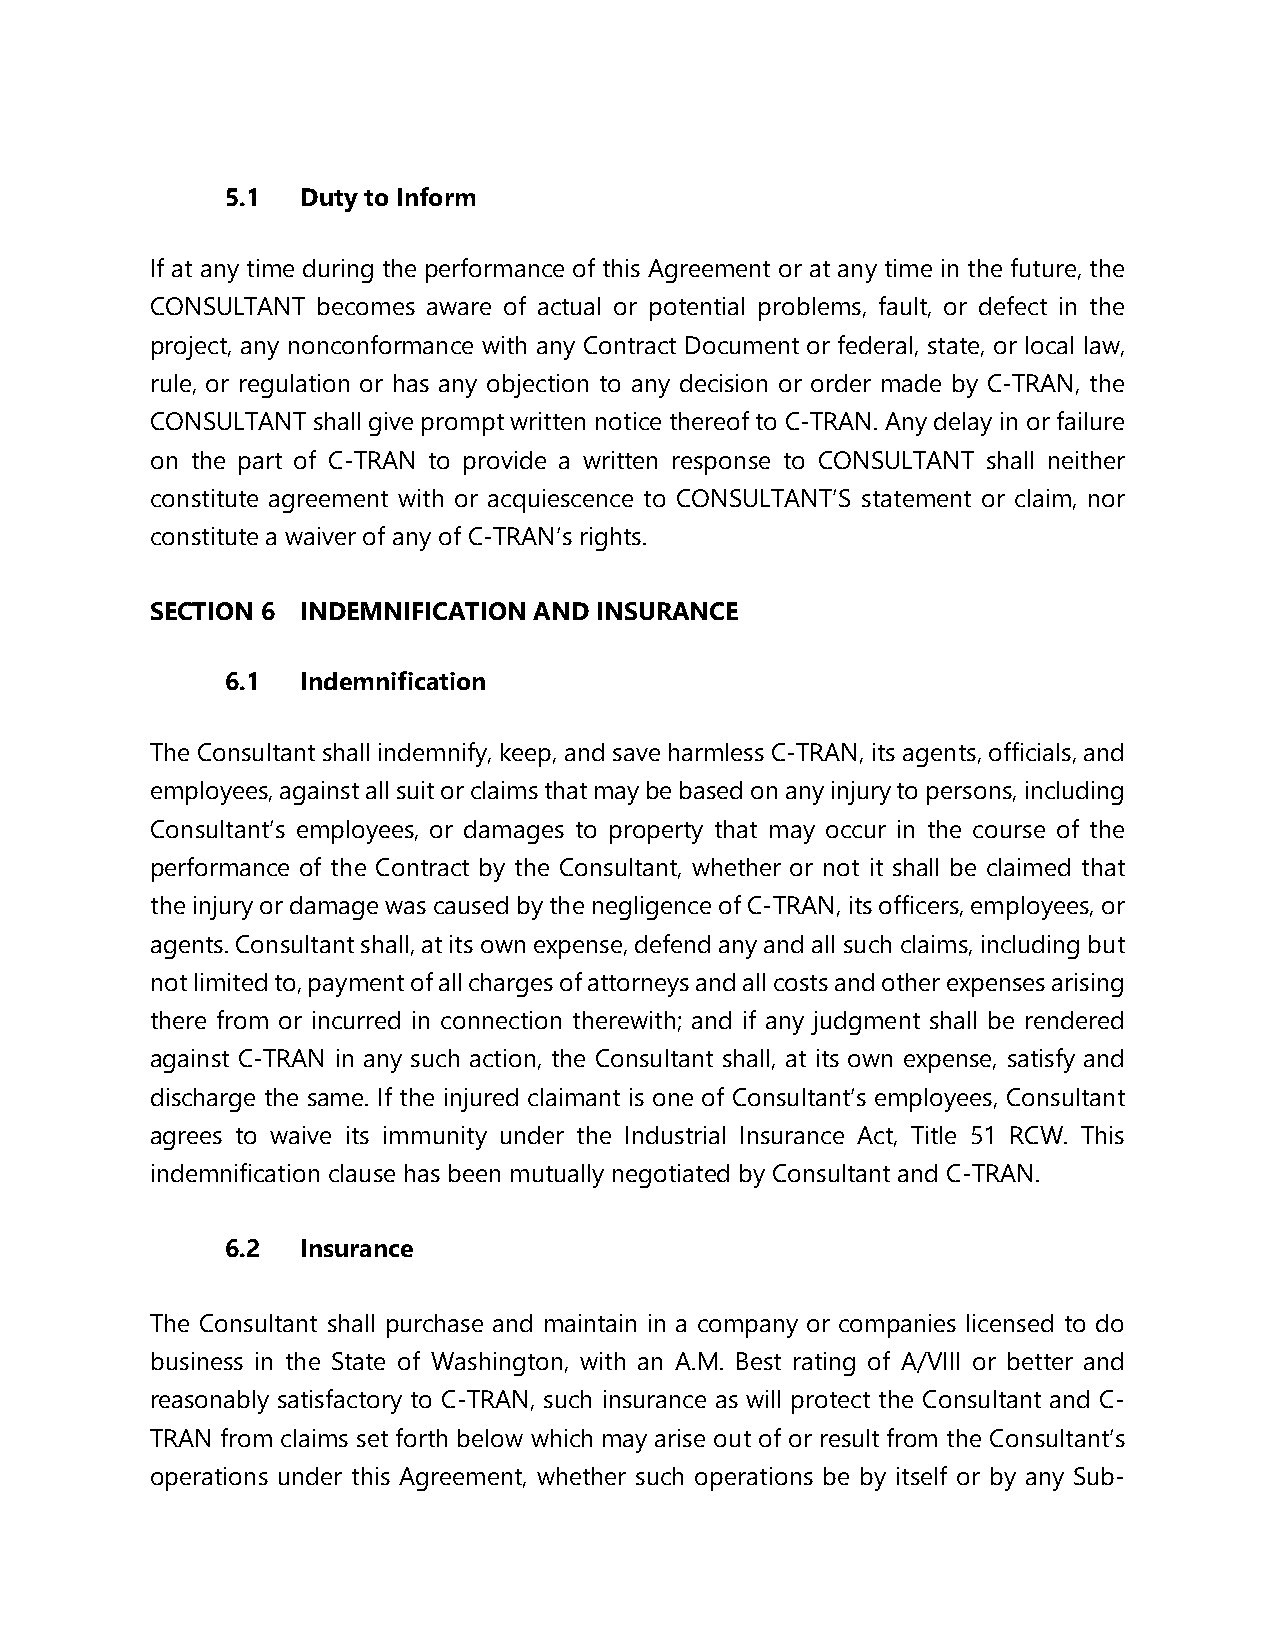
5.1  Duty to Inform
 If at any time during the performance of this Agreement or at any time in the future, the
 CONSULTANT becomes aware of actual or potential problems, fault, or defect in the
 project, any nonconformance with any Contract Document or federal, state, or local law,
 rule, or regulation or has any objection to any decision or order made by C-TRAN, the
 CONSULTANT shall give prompt written notice thereof to C-TRAN. Any delay in or failure
 on the part of C-TRAN to provide a written response to CONSULTANT shall neither
 constitute agreement with or acquiescence to CONSULTANT’S statement or claim, nor
 constitute a waiver of any of C-TRAN’s rights.
 SECTION 6 INDEMNIFICATION AND INSURANCE
 6.1  Indemnification
 The Consultant shall indemnify, keep, and save harmless C-TRAN, its agents, officials, and
 employees, against all suit or claims that may be based on any injury to persons, including
 Consultant’s employees, or damages to property that may occur in the course of the
 performance of the Contract by the Consultant, whether or not it shall be claimed that
 the injury or damage was caused by the negligence of C-TRAN, its officers, employees, or
 agents. Consultant shall, at its own expense, defend any and all such claims, including but
 not limited to, payment of all charges of attorneys and all costs and other expenses arising
 there from or incurred in connection therewith; and if any judgment shall be rendered
 against C-TRAN in any such action, the Consultant shall, at its own expense, satisfy and
 discharge the same. If the injured claimant is one of Consultant’s employees, Consultant
 agrees to waive its immunity under the Industrial Insurance Act, Title 51 RCW. This
 indemnification clause has been mutually negotiated by Consultant and C-TRAN.
 6.2  Insurance
 The Consultant shall purchase and maintain in a company or companies licensed to do
 business in the State of Washington, with an A.M. Best rating of A/VIII or better and
 reasonably satisfactory to C-TRAN, such insurance as will protect the Consultant and C-
 TRAN from claims set forth below which may arise out of or result from the Consultant’s
 operations under this Agreement, whether such operations be by itself or by any Sub-